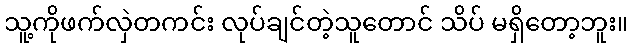
သူ့ကိုဖက်လှဲတကင်း လုပ်ချင်တဲ့သူတောင် သိပ် မရှိတော့ဘူး။